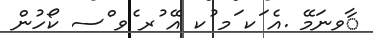
ާވނަމޭ .އެ ަކ ަމ ުކ އޭ ުރ ެވ ްސ ކޯހުން